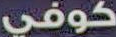
كوفي